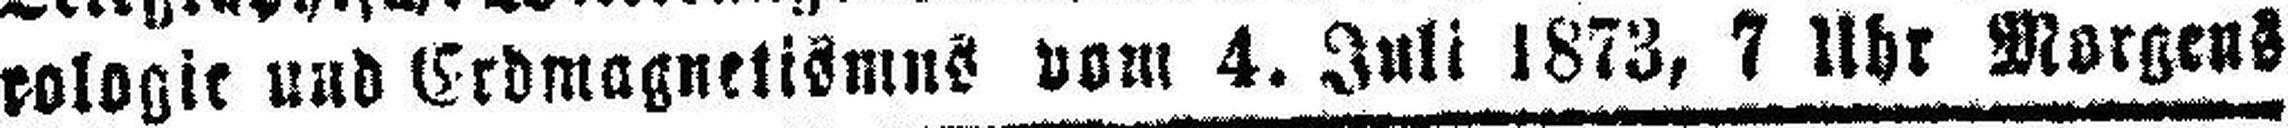
rologie und Erdmagnetismus vom 4. Juli 1873, 7 Uhr Morgens